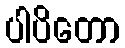
ပါပိတော